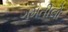
ગમતીલો